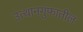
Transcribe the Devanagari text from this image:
उत्थानगुंफातील